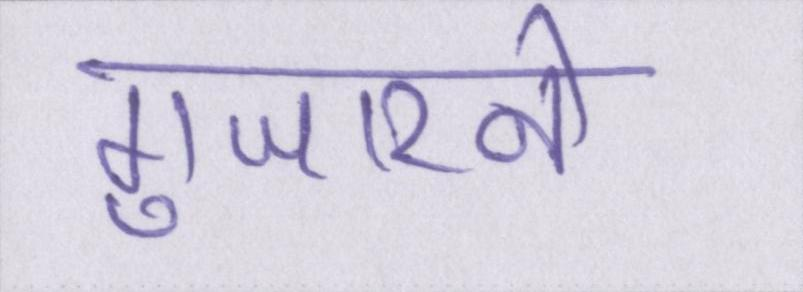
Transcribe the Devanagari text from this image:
गुजारने